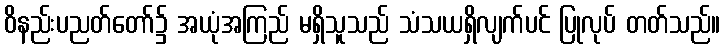
ဝိနည်းပညတ်တော်၌ အယုံအကြည် မရှိသူသည် သံသယရှိလျက်ပင် ပြုလုပ် တတ်သည်။